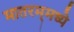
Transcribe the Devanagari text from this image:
मातरम्‌मध्ये